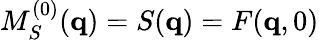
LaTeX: M_{S}^{(0)}(\mathbf{q})=S(\mathbf{q})=F(\mathbf{q},0)